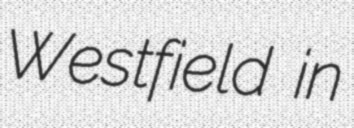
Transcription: Westfield in